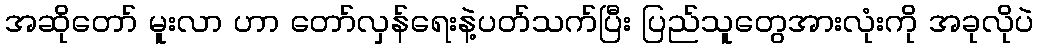
အဆိုတော် မူးလာ ဟာ တော်လှန်ရေးနဲ့ပတ်သက်ပြီး ပြည်သူတွေအားလုံးကို အခုလိုပဲ